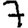
Digit: 7